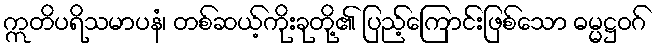
ဣတိပရိသမာပနံ၊ တစ်ဆယ့်ကိုးခုတို့၏ ပြည့်ကြောင်းဖြစ်သော ဓမ္မဋ္ဌဝဂ်